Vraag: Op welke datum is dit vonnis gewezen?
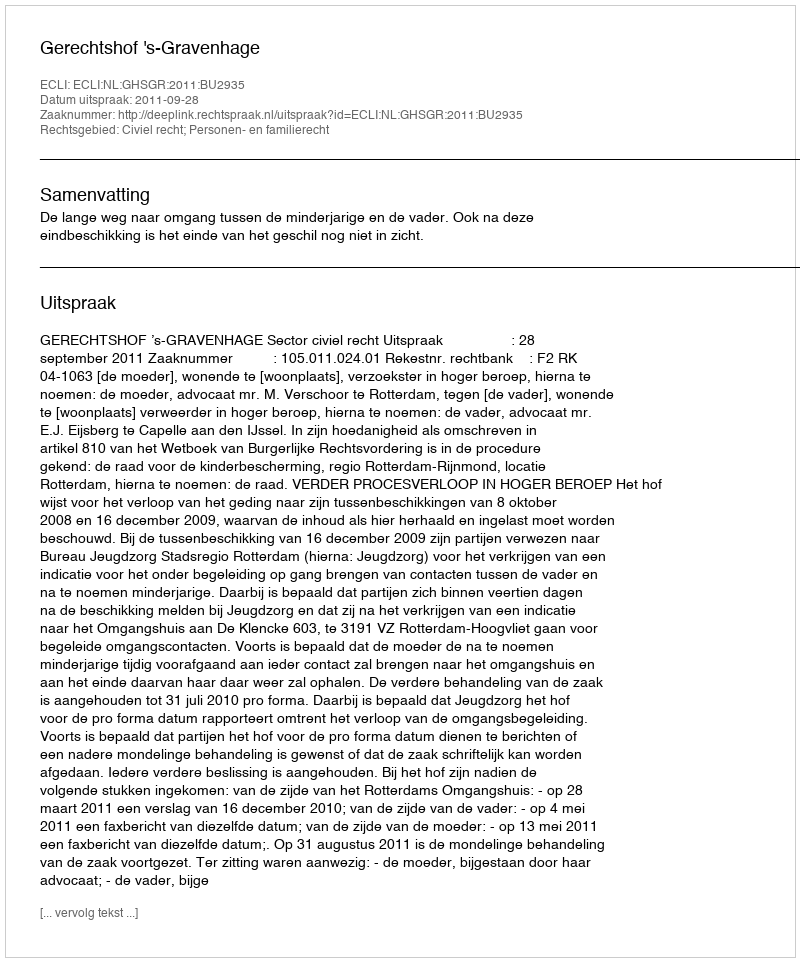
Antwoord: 2011-09-28